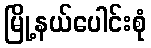
မြို့နယ်ပေါင်းစုံ